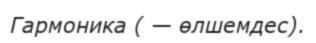
Гармоника ( — өлшемдес).